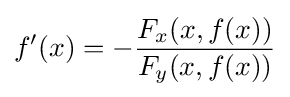
f'(x)=-{\frac {F_{x}(x,f(x))}{F_{y}(x,f(x))}}